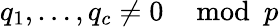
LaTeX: q_{1},\ldots,q_{c}\neq 0\mod p